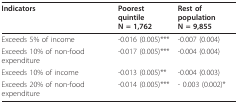
<table><thead><tr><td><b>Indicators</b></td><td><b>Poorest quintileN = 1,762</b></td><td><b>Rest of populationN = 9,855</b></td></tr></thead><tbody><tr><td>Exceeds 5% of income</td><td>-0.016 (0.005)***</td><td>-0.007 (0.004)</td></tr><tr><td>Exceeds 10% of non-food expenditure</td><td>-0.017 (0.005)***</td><td>-0.004 (0.004)</td></tr><tr><td>Exceeds 10% of income</td><td>-0.013 (0.005)**</td><td>-0.004 (0.003)</td></tr><tr><td>Exceeds 20% of non-food expenditure</td><td>-0.014 (0.005)***</td><td>- 0.003 (0.002)*</td></tr></tbody></table>